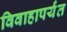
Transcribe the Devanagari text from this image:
विवाहापर्यंत